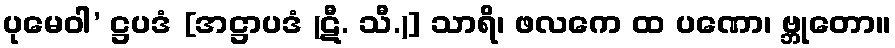
ပုမေဝါ’ ဋ္ဌပဒံ [အဋ္ဌာပဒံ (ဋီ. သီ.)] သာရိ၊ ဖလကေ ထ ပဏော၊ ဗ္ဘုတော။